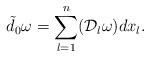
LaTeX: \begin{align*} \tilde d_{0} \omega=\sum_{l=1}^n(\mathcal{D}_{l} \omega) d x_l.\end{align*}